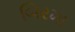
બિરમા